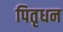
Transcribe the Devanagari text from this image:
पितृधन